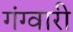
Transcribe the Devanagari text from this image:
गंग्वारी